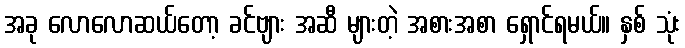
အခု လောလောဆယ်တော့ ခင်ဗျား အဆီ များတဲ့ အစားအစာ ရှောင်ရမယ်။ နှစ် သုံး